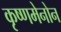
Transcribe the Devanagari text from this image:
कृष्णमेनोन